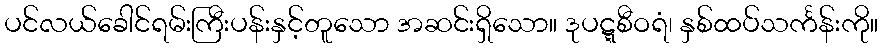
ပင်လယ်ခေါင်ရမ်းကြီးပန်းနှင့်တူသော အဆင်းရှိသော။ ဒုပဋ္ဋစီဝရံ၊ နှစ်ထပ်သင်္ကန်းကို။